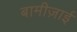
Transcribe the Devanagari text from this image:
बामीज़ाई